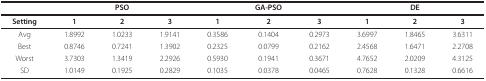
<table><thead><tr><td></td><td></td><td><b>PSO</b></td><td></td><td></td><td><b>GA-PSO</b></td><td></td><td></td><td><b>DE</b></td><td></td></tr></thead><tbody><tr><td><b>Setting</b></td><td><b>1</b></td><td><b>2</b></td><td><b>3</b></td><td><b>1</b></td><td><b>2</b></td><td><b>3</b></td><td><b>1</b></td><td><b>2</b></td><td><b>3</b></td></tr><tr><td>Avg</td><td>1.8992</td><td>1.0233</td><td>1.9141</td><td>0.3586</td><td>0.1404</td><td>0.2973</td><td>3.6997</td><td>1.8465</td><td>3.6311</td></tr><tr><td>Best</td><td>0.8746</td><td>0.7241</td><td>1.3902</td><td>0.2325</td><td>0.0799</td><td>0.2162</td><td>2.4568</td><td>1.6471</td><td>2.2708</td></tr><tr><td>Worst</td><td>3.7303</td><td>1.3419</td><td>2.2926</td><td>0.5930</td><td>0.1941</td><td>0.3671</td><td>4.7652</td><td>2.0209</td><td>4.3125</td></tr><tr><td>SD</td><td>1.0149</td><td>0.1925</td><td>0.2829</td><td>0.1035</td><td>0.0378</td><td>0.0465</td><td>0.7628</td><td>0.1328</td><td>0.6616</td></tr></tbody></table>